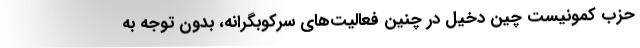
حزب کمونیست چین دخیل در چنین فعالیت‌های سرکوبگرانه، بدون توجه به